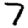
Digit: 7